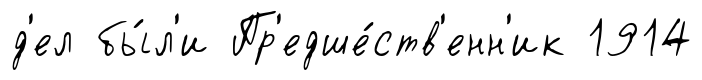
д'ел бы́л'и Пр'едше́ств'енн'ик 1914